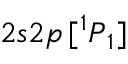
2 s 2 p \, [ { ^ 1 P } _ { 1 } ]